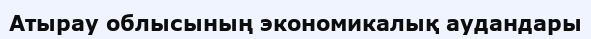
Атырау облысының экономикалық аудандары